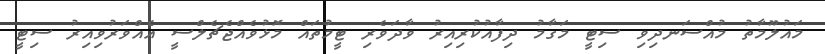
މައުލޫމާތު މުއްސަނދިވި ސިޓީ މަގާމު ދިފާއުކުރިއިރު ވާދަވެރި ޓީމުތައް މޮޅުވެއްޖެޗެލްސީ އެއްވަރުވިއިރު ސިޓީ